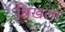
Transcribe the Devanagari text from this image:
श्रिखला